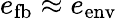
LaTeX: e_{\mathrm{fb}}\approx e_{\mathrm{env}}